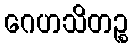
ဂေဟသိတဉ္စ